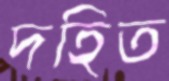
দহিত